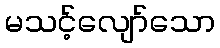
မသင့်လျော်သော